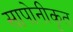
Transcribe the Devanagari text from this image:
सापोनीकृत